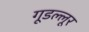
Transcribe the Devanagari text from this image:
गूडल्लूर